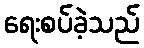
ရေးစပ်ခဲ့သည်